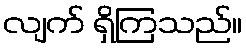
လျက် ရှိကြသည်။